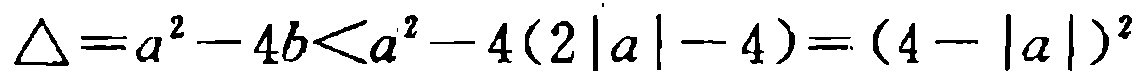
\(\triangle =a^{2}-4b<a^{2}-4(2|a|-4)=(4 - |a|)^{2}\)